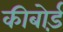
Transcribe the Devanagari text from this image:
कीबोर्ड़